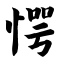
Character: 愕